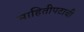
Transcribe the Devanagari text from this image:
माहितीपटाची